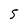
Character: 5